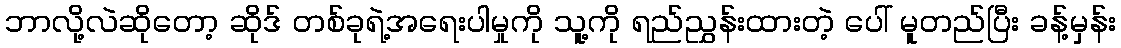
ဘာလို့လဲဆိုတော့ ဆိုဒ် တစ်ခုရဲ့အရေးပါမှုကို သူ့ကို ရည်ညွှန်းထားတဲ့ ပေါ် မူတည်ပြီး ခန့်မှန်း